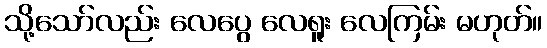
သို့သော်လည်း လေပွေ လေရူး လေကြမ်း မဟုတ်။